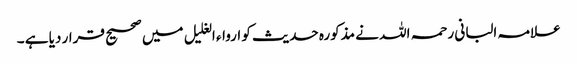
علامہ البانی رحمہ اللہ نے مذکورہ حدیث کو ارواء الغلیل میں صحیح قرار دیا ہے ۔